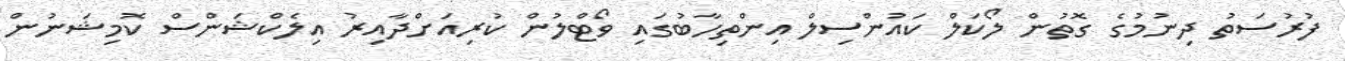
ފުރުސަތު ދިނުމުގެ ގޮތުން ލޯކަލް ކައުންސިލް އިންތިހާބުގައި ވޯޓްލުން ކުރިއަށްދާއިރު އިލެކްޝަންސް ކޮމިޝަނުން